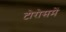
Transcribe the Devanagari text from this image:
टोरोसमें